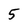
Character: 5